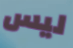
ليس